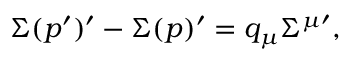
\Sigma ( p ^ { \prime } ) ^ { \prime } - \Sigma ( p ) ^ { \prime } = q _ { \mu } \Sigma ^ { \mu \prime } ,